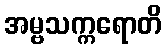
အမ္ဗသက္ကရောတိ